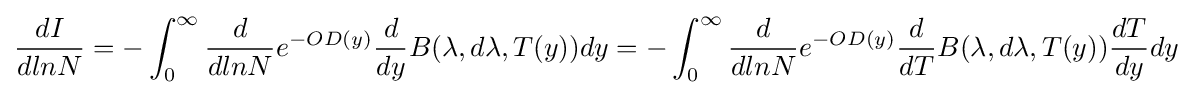
{\frac {dI}{dlnN}}=-\int _{0}^{\infty }{\frac {d}{dlnN}}e^{-OD(y)}{\frac {d}{dy}}B(\lambda ,d\lambda ,T(y))dy=-\int _{0}^{\infty }{\frac {d}{dlnN}}e^{-OD(y)}{\frac {d}{dT}}B(\lambda ,d\lambda ,T(y)){\frac {dT}{dy}}dy